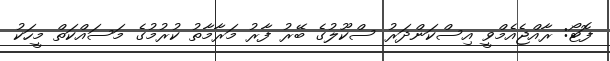
ފޮޓޯ: ރާއްޖެއެމްވީ އިސްކަންދަރު ސްކޫލުގެ ބޭރު ފާރު މަރާމާތު ކުރުމުގެ މަސައްކަތް މީހަކު